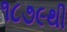
૧૮૭૯થી